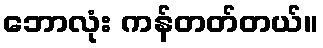
ဘောလုံး ကန်တတ်တယ်။